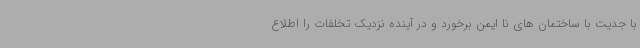
با جدیت با ساختمان های نا ایمن برخورد و در آینده نزدیک تخلفات را اطلاع